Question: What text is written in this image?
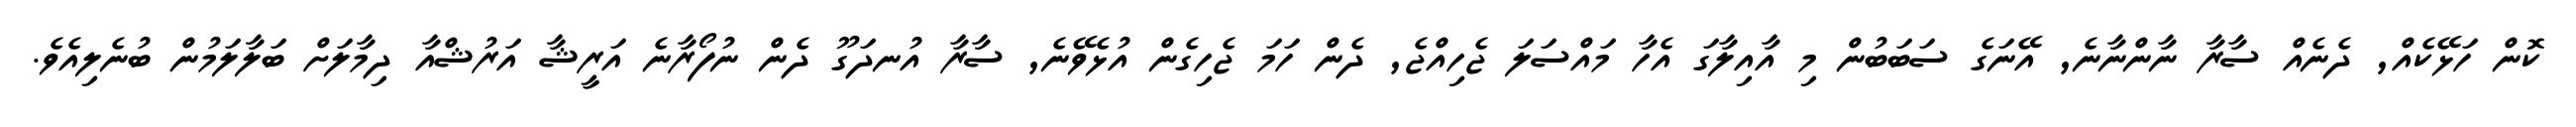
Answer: ކޮން ހަޅޭކެއް, ދެނެއް ސާރާ ނާންނާނެ, އޭނަގެ ސަބަބުން މި އާއިލާގަ އެހާ މައްސަލަ ޖެހިއްޖެ, ދެން ހަމަ ޖެހިގެން އުޅެވޭނެ, ސާރާ އުނދަގޫ ދެން ނުފޯރާނެ އަރީޝާ އަރުޝްއާ ދިމާލަށް ބަލާލަމުން ބުނެލިއެވެ.